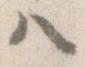
ハ